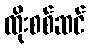
ထိုးစစ်ဆင်